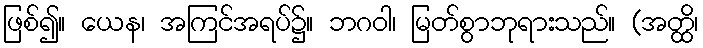
ဖြစ်၍။ ယေန၊ အကြင်အရပ်၌။ ဘဂဝါ၊ မြတ်စွာဘုရားသည်။ (အတ္ထိ၊